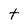
Character: t